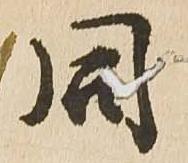
同